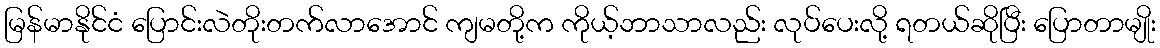
မြန်မာနိုင်ငံ ပြောင်းလဲတိုးတက်လာအောင် ကျမတို့က ကိုယ့်ဘာသာလည်း လုပ်ပေးလို့ ရတယ်ဆိုပြီး ပြောတာမျိုး